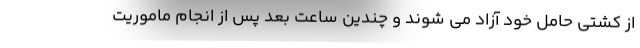
از کشتی حامل خود آزاد می شوند و چندین ساعت بعد پس از انجام ماموریت